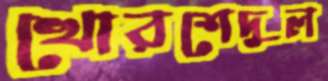
খোরশেদুল